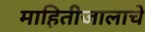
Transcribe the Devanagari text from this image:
माहितीजालाचे